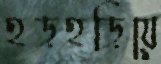
হড়হড়িয়ে